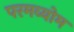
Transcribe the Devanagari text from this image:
परमव्योम